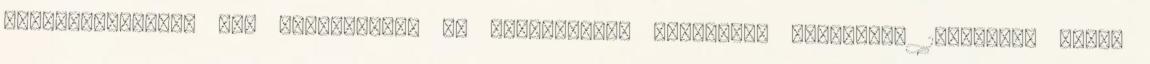
gondolkozásmód, ami szülőhazám, és környékének polgárait jellemzi. 1994-ben, mikor